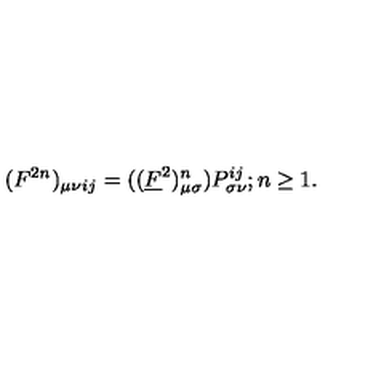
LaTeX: ( F ^ { 2 n } ) _ { \mu \nu } { } _ { i j } = ( ( \underline { { F } } ^ { 2 } ) _ { \mu \sigma } ^ { n } ) P _ { \sigma \nu } ^ { i j } ; n \ge 1 .